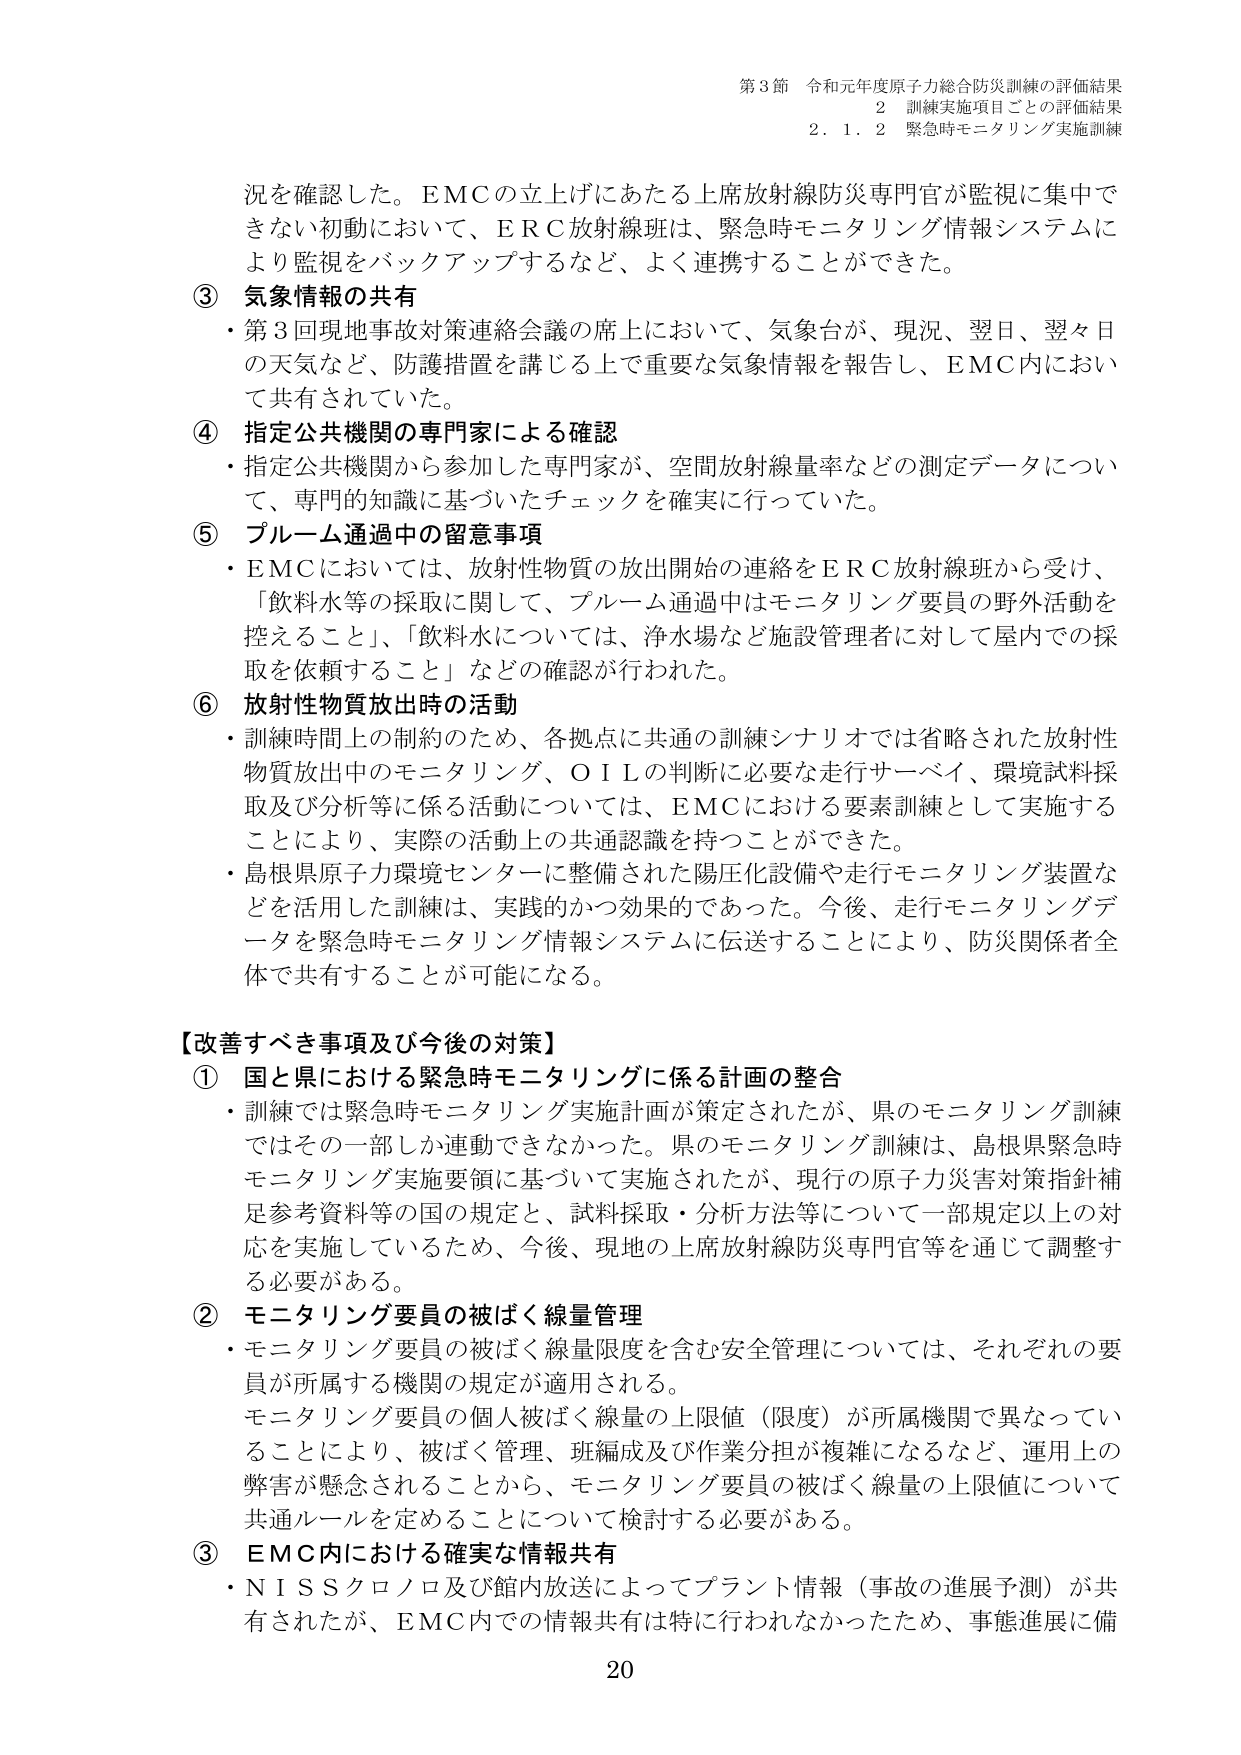
第3節 令和元年度原子力総合防災訓練の評価結果
2 訓練実施項目ごとの評価結果
2.1.2 緊急時モニタリング実施訓練

況を確認した。EMCの立上げにあたる上席放射線防災専門官が監視に集中できない初動において、ERC放射線班は、緊急時モニタリング情報システムにより監視をバックアップするなど、よく連携することができた。

③ 気象情報の共有
・第3回現地事故対策連絡会議の席上において、気象台が、現況、翌日、翌々日の天気など、防護措置を講じる上で重要な気象情報を報告し、EMC内において共有されていた。

④ 指定公共機関の専門家による確認
・指定公共機関から参加した専門家が、空間放射線量率などの測定データについて、専門的知識に基づいたチェックを確実に行っていた。

⑤ プルーム通過中の留意事項
・EMCにおいては、放射性物質の放出開始の連絡をERC放射線班から受け、「飲料水等の採取に関して、プルーム通過中はモニタリング要員の野外活動を控えること」、「飲料水については、浄水場など施設管理者に対して屋内での採取を依頼すること」などの確認が行われた。

⑥ 放射性物質放出時の活動
・訓練時間上の制約のため、各拠点に共通の訓練シナリオでは省略された放射性物質放出中のモニタリング、OILの判断に必要な走行サーベイ、環境試料採取及び分析等に係る活動については、EMCにおける要素訓練として実施することにより、実際の活動上の共通認識を持つことができた。
・島根県原子力環境センターに整備された陽圧化設備や走行モニタリング装置などを活用した訓練は、実践的かつ効果的であった。今後、走行モニタリングデータを緊急時モニタリング情報システムに伝送することにより、防災関係者全体で共有することが可能になる。

【改善すべき事項及び今後の対策】
① 国と県における緊急時モニタリングに係る計画の整合
・訓練では緊急時モニタリング実施計画が策定されたが、県のモニタリング訓練ではその一部しか連動できなかった。県のモニタリング訓練は、島根県緊急時モニタリング実施要領に基づいて実施されたが、現行の原子力災害対策指針補足参考資料等の国の規定と、試料採取・分析方法等について一部規定以上の対応を実施しているため、今後、現地の上席放射線防災専門官等を通じて調整する必要がある。

② モニタリング要員の被ばく線量管理
・モニタリング要員の被ばく線量限度を含む安全管理については、それぞれの要員が所属する機関の規定が適用される。
モニタリング要員の個人被ばく線量の上限値（限度）が所属機関で異なっていることにより、被ばく管理、班編成及び作業分担が複雑になるなど、運用上の弊害が懸念されることから、モニタリング要員の被ばく線量の上限値について共通ルールを定めることについて検討する必要がある。

③ EMC内における確実な情報共有
・NISSクロノロ及館内放送によってプラント情報（事故の進展予測）が共有されたが、EMC内での情報共有は特に行われなかったため、事態進展に備

20